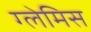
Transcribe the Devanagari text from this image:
ग्लेमिस